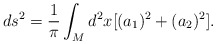
\begin{align*}ds^{2}=\frac{1}{\pi}\int_{M} d^{2}x [( a_{1})^{2}+(a_{2})^{2}].\end{align*}